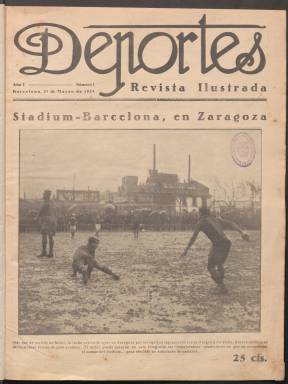
Título: Deportes (Barcelona. 1924)
Colección: Deportes
Ámbito geográfico: Barcelona
Lugar de publicación: Barcelona
Fechas: 01/03/1924-27/10/1924